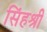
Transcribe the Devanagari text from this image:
सिंहश्री